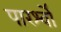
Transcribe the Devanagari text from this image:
पारर्श्वों